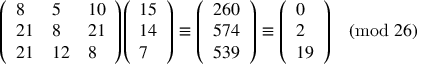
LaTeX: { \left( \begin{array} { l l l } { 8 } & { 5 } & { 1 0 } \\ { 2 1 } & { 8 } & { 2 1 } \\ { 2 1 } & { 1 2 } & { 8 } \end{array} \right) } { \left( \begin{array} { l } { 1 5 } \\ { 1 4 } \\ { 7 } \end{array} \right) } \equiv { \left( \begin{array} { l } { 2 6 0 } \\ { 5 7 4 } \\ { 5 3 9 } \end{array} \right) } \equiv { \left( \begin{array} { l } { 0 } \\ { 2 } \\ { 1 9 } \end{array} \right) } { \pmod { 2 6 } }